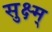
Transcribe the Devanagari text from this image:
सुक्ष्म्